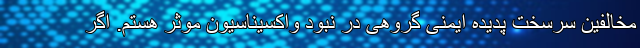
مخالفین سرسخت پدیده ایمنی گروهی در نبود واکسیناسیون موثر هستم. اگر